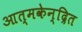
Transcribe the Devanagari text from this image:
आत्मकेन्द्रित